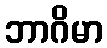
ဘာဂိမာ